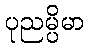
ပုညမ္ပိမာ